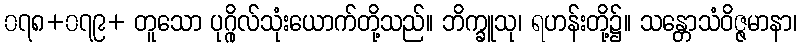
၀၇၈+၀၇၉+ တူသော ပုဂ္ဂိုလ်သုံးယောက်တို့သည်။ ဘိက္ခူသု၊ ရဟန်းတို့၌။ သန္တောသံဝိဇ္ဇမာနာ၊